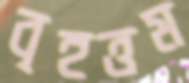
বৃহত্তম